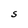
Character: S